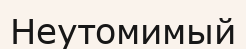
Неутомимый